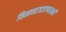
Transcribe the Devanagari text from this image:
विमानउडडाणासाठी